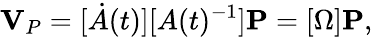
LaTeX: \mathbf{V}_{P}=[{\dot{A}}(t)][A(t)^{-1}]\mathbf{P}=[\Omega]\mathbf{P},